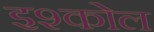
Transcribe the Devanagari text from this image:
इश्कोल